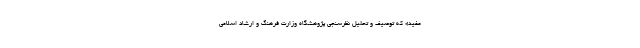
مفید» که توصیف و تحلیل نظرسنجی پژوهشگاه وزارت فرهنگ و ارشاد اسلامی